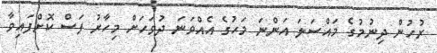
ރުހުން ދިނުމުގެ މައްސަލަ އަންނަ މަހުގެ އެއްވަނަ ދުވަހަށް މިހާރު ފަސް ކޮށްފައިވާ